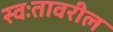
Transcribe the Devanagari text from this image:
स्वःतावरील